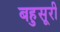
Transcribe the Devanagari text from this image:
बहुसूरी